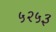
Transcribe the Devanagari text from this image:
५२५३